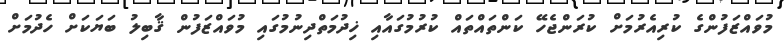
މުވައްޒަފުންގެ ކުރިއެރުމަށް ކުރަންޖެހޭ ކަންތައްތައް ކުރުމުގައާއި ޚިދުމަތްދިނުމުގައި މުވައްޒަފުން ޤާބިލު ބަޔަކަށް ހެދުމަށް